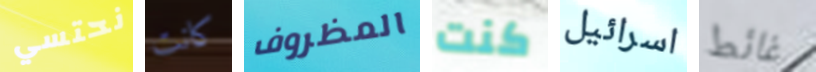
نحتسي كانت المظروف كنت اسرائيل غائط